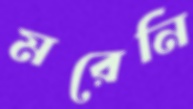
মরেনি